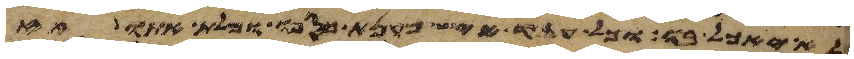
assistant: לא יאכל בו וכל עבד איש מקנת כספו ומלת אתו